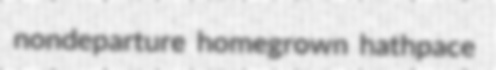
nondeparture homegrown hathpace